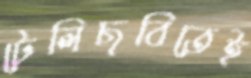
টেলিছবিতেই